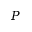
P